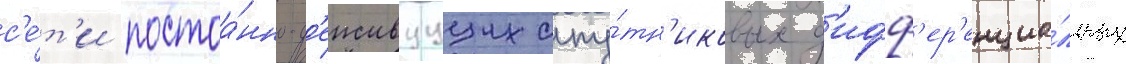
с'е́т'и постоа́нно-д'еиствуущих спу́тн'иковых д'ифф'ер'енциа́льных